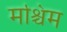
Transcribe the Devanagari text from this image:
मश्चिम